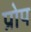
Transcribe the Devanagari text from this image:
प्रोप